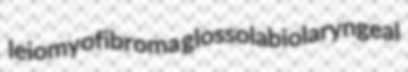
leiomyofibroma glossolabiolaryngeal